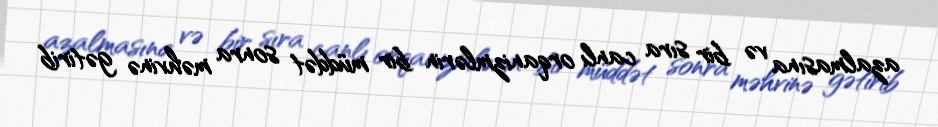
azalmasına və bir sıra canlı orqanizmlərin bir müddət sonra məhvinə gətirib